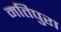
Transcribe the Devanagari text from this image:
मतिपुरा